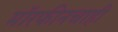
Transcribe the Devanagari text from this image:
मॉरफीनचाही